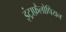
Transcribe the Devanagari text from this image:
इंट्राफ़ैलोपियन